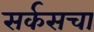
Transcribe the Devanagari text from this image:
सर्कसचा